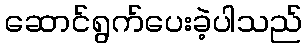
ဆောင်ရွက်ပေးခဲ့ပါသည်